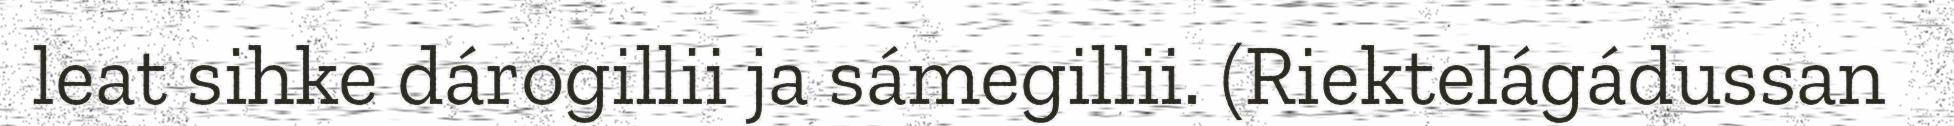
leat sihke dárogillii ja sámegillii. (Riektelágádussan